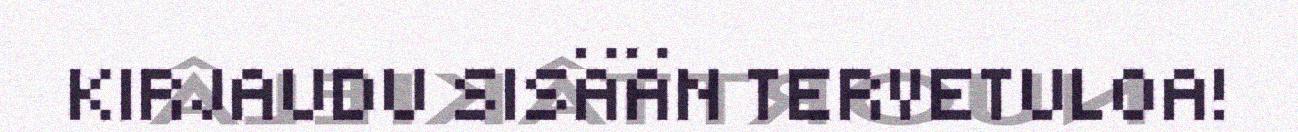
KIRJAUDU SISÄÄN TERVETULOA!